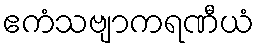
ဧကံသဗျာကရဏီယံ